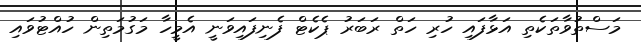
މަސްތުވާތަކެތި އަޅާފައި ހުރި ހަތް ރަބަރު ޕެކެޓް ފެނިފައިވަނީ އެމީހާ މަގުމަތިން ހުއްޓުވައި